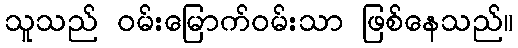
သူသည် ဝမ်းမြောက်ဝမ်းသာ ဖြစ်နေသည်။